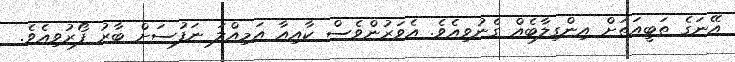
އޭނަގެ ތަބީއަތަށް އިންގިލާބެއް ގެނުވިއެވެ. އެވަރުންވެސް ކާއިއާ އަމިއްލަ ނަފުސަށް ބާރު ފޯރުވިއެވެ.